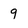
Character: 9